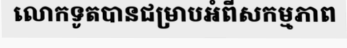
លោកទូតបានជម្រាបអំពីសកម្មភាព